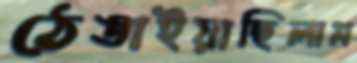
ঠেঙাইয়াছিলাম